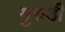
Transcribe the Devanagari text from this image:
मुरुडी